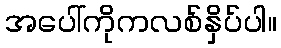
အပေါ်ကိုကလစ်နှိပ်ပါ။